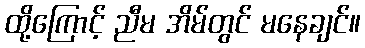
ထို့ကြောင့် ညီမ အိမ်တွင် မနေချင်။